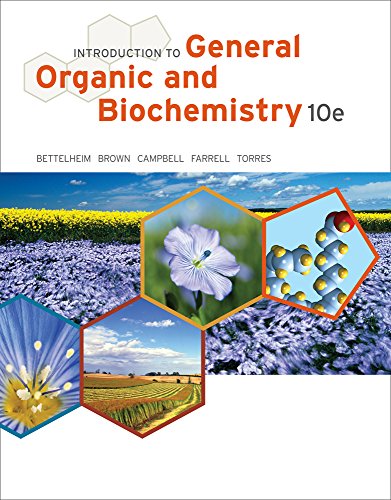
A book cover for Introduction to General, Organic and Biochemistry; Frederick A. Bettelheim; Engineering & Transportation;